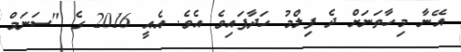
އޭނާ މިހާތަނަށް ދެ ފިލްމު ހަދާފައިވެ އެވެ. އެއީ 2016 ގެ "ސަނަމް